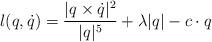
LaTeX: \begin{align*} l(q,\dot{q}) = \frac{|q \times \dot{q}|^2}{|q|^5} +\lambda |q|- c\cdot q\end{align*}